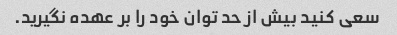
سعی کنید بیش از حد توان خود را بر عهده نگیرید.